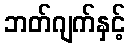
ဘတ်ဂျက်နှင့်